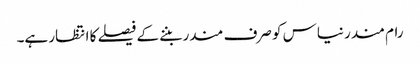
رام مندر نیاس کو صرف مندر بننے کے فیصلے کا انتظار ہے۔